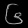
Digit: ၆